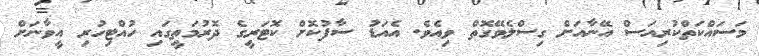
މަސައްކަތްކުރިއަސް އޭނާއަށް ގިސްލެވޭގޮތް ވިއެވެ. އެއަޑު ސާފުކޮށް ކޮޓަރީގެ ދޮރުމަތީގައި ހުއްޓިހުރި އީވާނަށް